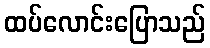
ထပ်လောင်းပြောသည်